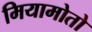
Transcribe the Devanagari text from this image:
मियामोतो